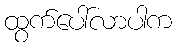
ထွက်ပေါ်လာပါက